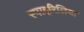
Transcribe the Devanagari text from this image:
स्पाइरिलिया